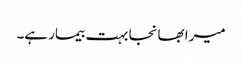
میرا بھانجا بہت بیمار ہے۔